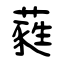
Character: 蕤